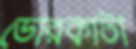
ডোরকাটা